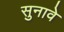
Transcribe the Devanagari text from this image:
सुनावे